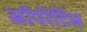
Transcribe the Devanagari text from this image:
ऑपरेटिंस